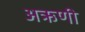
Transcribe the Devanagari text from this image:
अऋणी